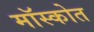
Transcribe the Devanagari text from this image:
मॉस्कोत